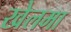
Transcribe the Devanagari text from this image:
खेलमा